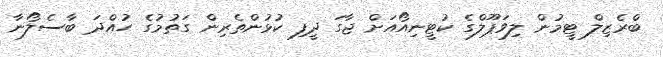
ބްރެޒިލް ޓީމުން ލިވަޕޫލްގެ ކުޓީނިއޯއަށް ޖާގަ ދީފި ކުޅުންތެރިން ގަތުމުގެ ހުއްދަ ބާސެލޯނާ